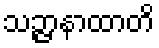
သဉ္ဇာနာထာတိ